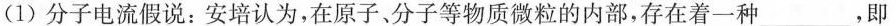
(1)分子电流假说：安培认为，在原子，分子等物质微粒的内部，存在着-种___，即